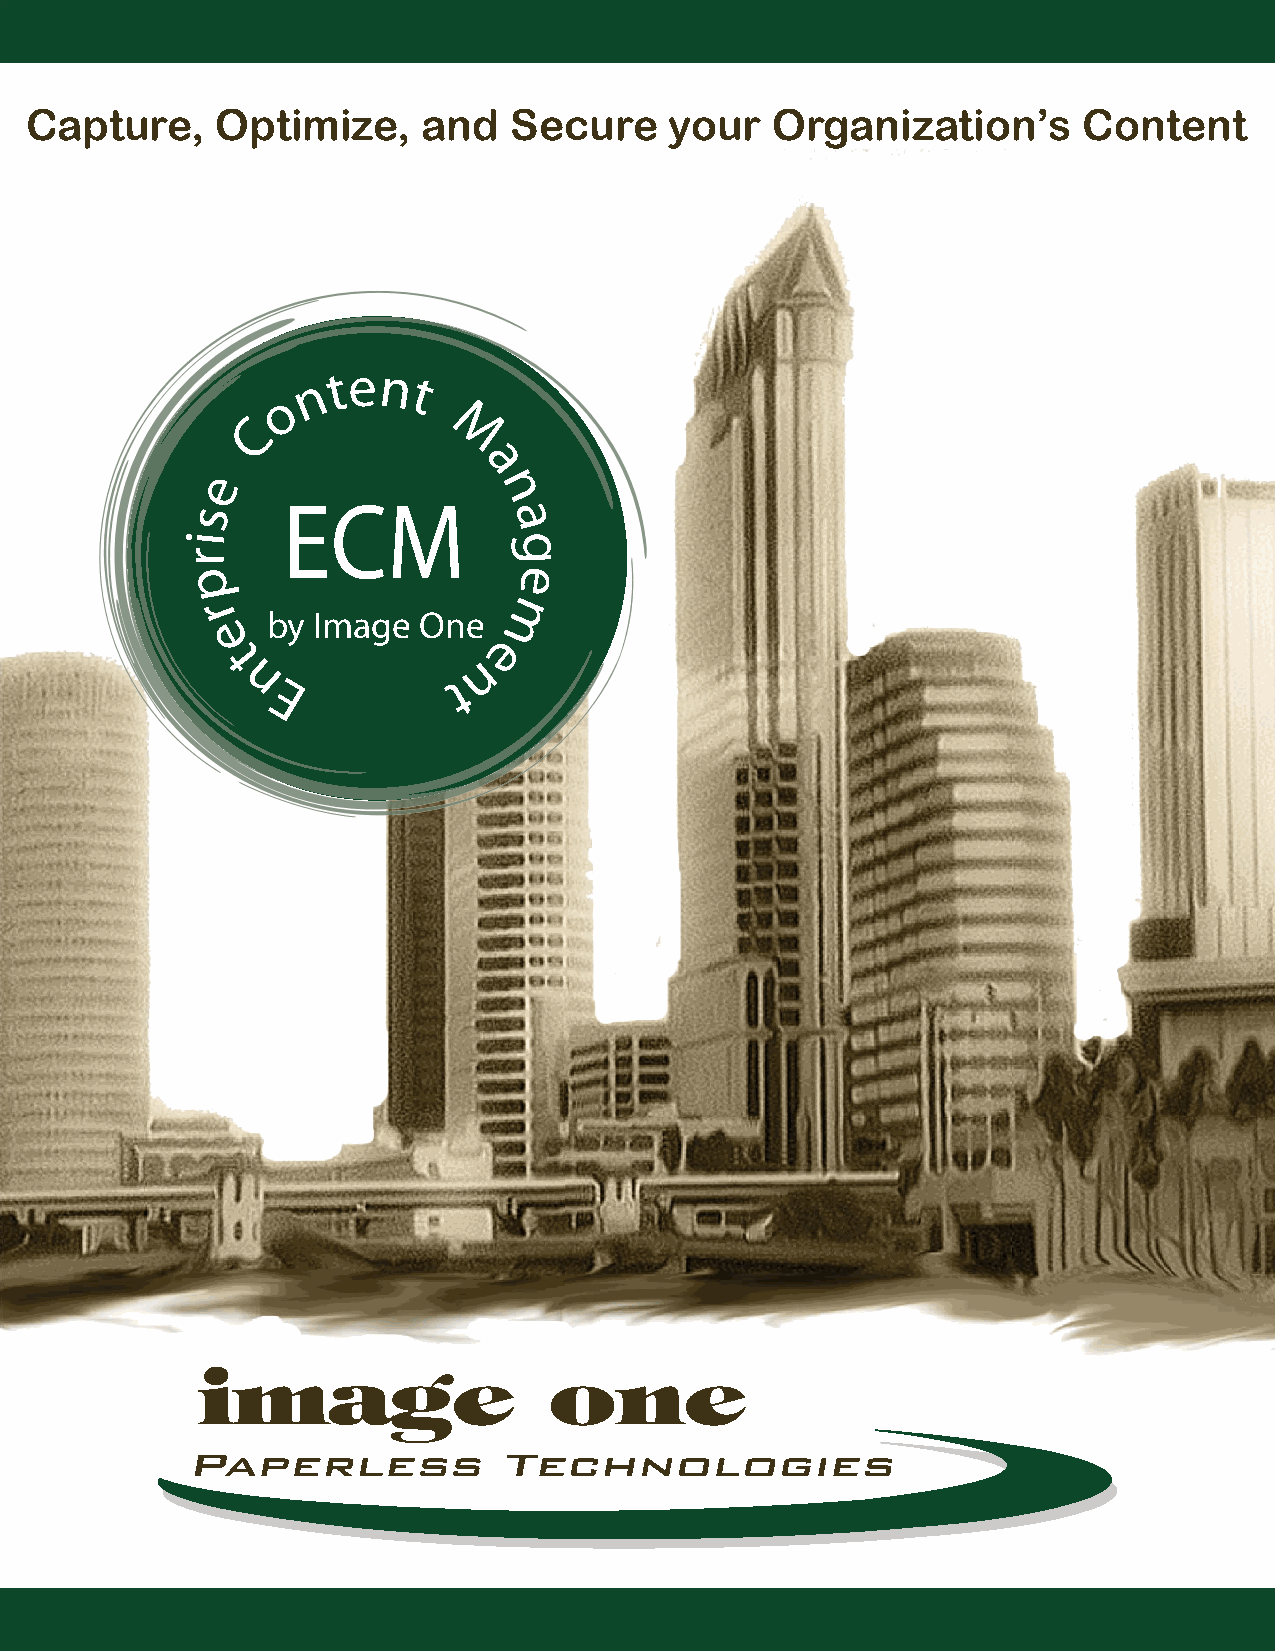
Capture,    Optimize,     and   Secure    your   Organization’s       Content
 n t en t
 o
 C
 M
 a
 e     ECM
 n
 s
 a
 i                     g
 r
 e
 p
 m
 r     by Image  One
 e                   e
 t                 n
 n              t
 E